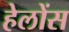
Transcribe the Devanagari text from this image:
हेलोंस